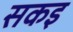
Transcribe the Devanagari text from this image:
सकइ